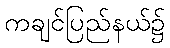
ကချင်ပြည်နယ်၌